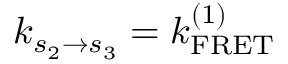
k _ { s _ { 2 } \to s _ { 3 } } = k _ { \mathrm { F R E T } } ^ { ( 1 ) }